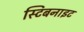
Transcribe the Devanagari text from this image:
स्टिबनाइट